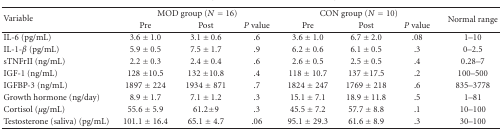
<table><thead><tr><td rowspan="2"><b>Variable</b></td><td colspan="3"><b>MOD group (<i>N</i> = 16)</b></td><td colspan="3"><b>CON group (<i>N</i> = 10)</b></td><td rowspan="2"><b>Normal range</b></td></tr><tr><td><b>Pre</b></td><td><b>Post</b></td><td><b><i>P</i> value</b></td><td><b>Pre</b></td><td><b>Post</b></td><td><b><i>P</i> value</b></td></tr></thead><tbody><tr><td>IL-6 (pg/mL)</td><td>3.6 ± 1.0</td><td>3.1 ± 0.6</td><td>.6</td><td>3.6 ± 1.0</td><td>6.7 ± 2.0</td><td>.08</td><td>1–10</td></tr><tr><td>IL-1-<i>β</i> (pg/mL)</td><td>5.9 ± 0.5</td><td>7.5 ± 1.7</td><td>.9</td><td>6.2 ± 0.6</td><td>6.1 ± 0.5</td><td>.3</td><td>0–2.5</td></tr><tr><td>sTNFrII (ng/mL)</td><td>2.2 ± 0.3</td><td>2.4 ± 0.4</td><td>.6</td><td>2.6 ± 0.5</td><td>2.5 ± 0.5</td><td>.4</td><td>0.28–7</td></tr><tr><td>IGF-1 (ng/mL)</td><td>128 ± 10.5</td><td>132 ± 10.8</td><td>.4</td><td>118 ± 10.7</td><td>137 ± 17.5</td><td>.2</td><td>100–500</td></tr><tr><td>IGFBP-3 (ng/mL)</td><td>1897 ± 224</td><td>1934 ± 871</td><td>.7</td><td>1824 ± 247</td><td>1769 ± 218</td><td>.6</td><td>835–3778</td></tr><tr><td>Growth hormone (ng/day)</td><td>8.9 ± 1.7</td><td>7.1 ± 1.2</td><td>.3</td><td>15.1 ± 7.1</td><td>18.9 ± 11.8</td><td>.5</td><td>1–81</td></tr><tr><td>Cortisol (<i>μ</i>g/mL)</td><td>55.6 ± 5.9</td><td>61.2±9</td><td>.3</td><td>45.5 ± 7.2</td><td>57.7 ± 8.8</td><td>.1</td><td>10–100</td></tr><tr><td>Testosterone (saliva) (pg/mL)</td><td>101.1 ± 16.4</td><td>65.1 ± 4.7</td><td>.06</td><td>95.1 ± 29.3</td><td>61.6 ± 8.9</td><td>.3</td><td>30–100</td></tr></tbody></table>